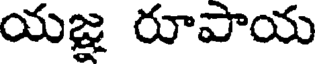
యజ్ఞ రూపాయ